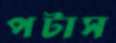
পটাস